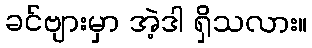
ခင်ဗျားမှာ အဲ့ဒါ ရှိသလား။